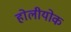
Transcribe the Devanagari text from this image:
होलीयोक